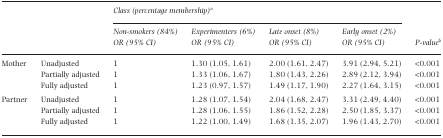
|  |  | <COLSPAN=4> Class (percentage membership)a | <ROWSPAN=3> P-valueb |
 | Non-smokers (84%) | Experimenters (6%) | Late onset (8%) | Early onset (2%) |
 | OR (95% CI) | OR (95% CI) | OR (95% CI) | OR (95% CI) |
 | --- | --- | --- | --- | --- | --- | --- |
 | <ROWSPAN=3> Mother | Unadjusted | 1 | 1.30 (1.05, 1.61) | 2.00 (1.61, 2.47) | 3.91 (2.94, 5.21) | <0.001 |
 | Partially adjusted | 1 | 1.33 (1.06, 1.67) | 1.80 (1.43, 2.26) | 2.89 (2.12, 3.94) | <0.001 |
 | Fully adjusted | 1 | 1.23 (0.97, 1.57) | 1.49 (1.17, 1.90) | 2.27 (1.64, 3.15) | <0.001 |
 | <ROWSPAN=3> Partner | Unadjusted | 1 | 1.28 (1.07, 1.54) | 2.04 (1.68, 2.47) | 3.31 (2.49, 4.40) | <0.001 |
 | Partially adjusted | 1 | 1.28 (1.06, 1.55) | 1.86 (1.52, 2.28) | 2.50 (1.85, 3.37) | <0.001 |
 | Fully adjusted | 1 | 1.22 (1.00, 1.49) | 1.68 (1.35, 2.07) | 1.96 (1.43, 2.70) | <0.001 |